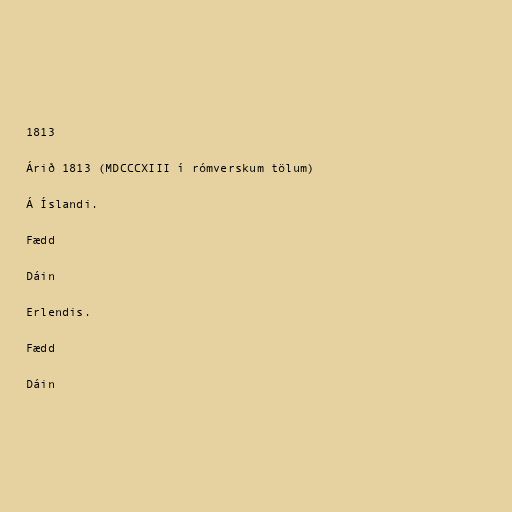
1813

Árið 1813 (MDCCCXIII í rómverskum tölum)

Á Íslandi.

Fædd

Dáin

Erlendis.

Fædd

Dáin